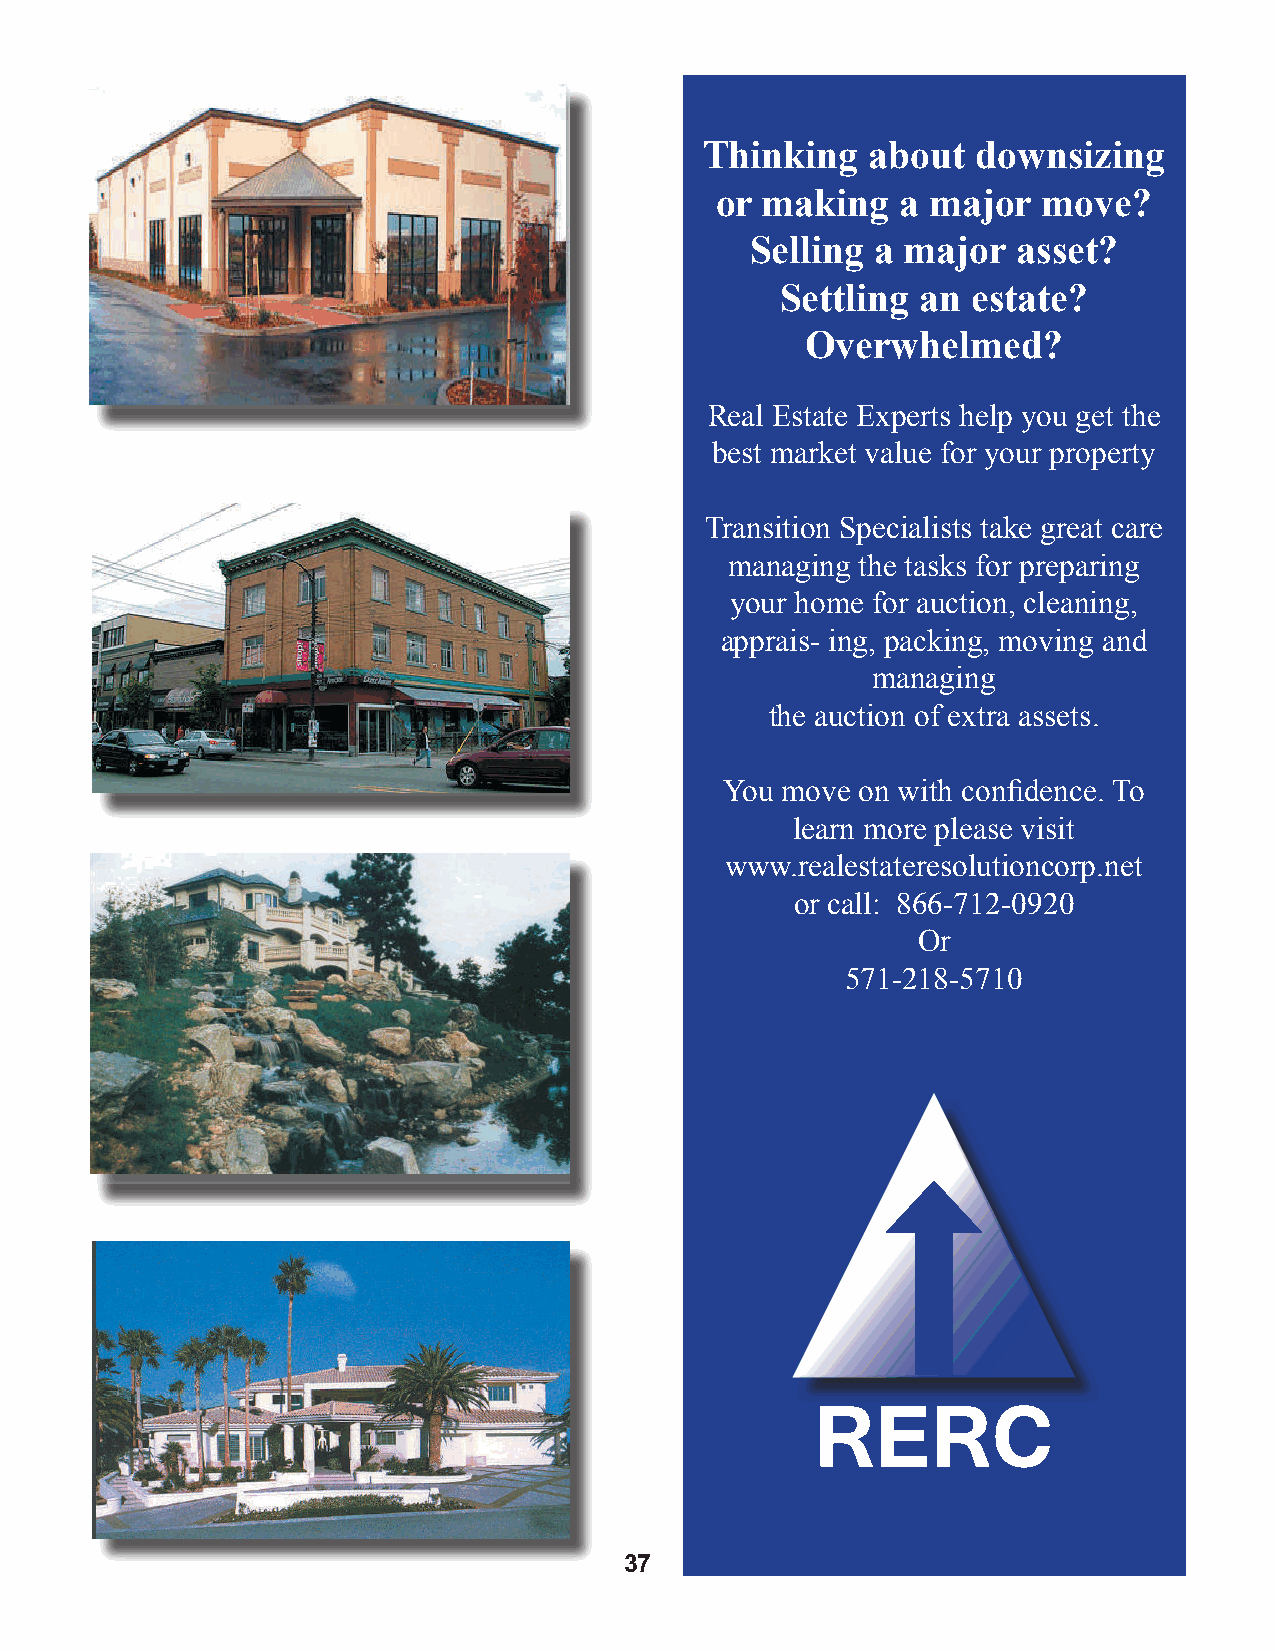
Thinking   about  downsizing
 or making    a major  move?
 Selling a major  asset?
 Settling an estate?
 Overwhelmed?
 Real Estate Experts help you get the
 best market value for your property
 Transition Specialists take great care
 managing the tasks for preparing
 your home for auction, cleaning,
 apprais- ing, packing, moving and
 managing
 the auction of extra assets.
 You move on with confidence. To
 learn more please visit
 www.realestateresolutioncorp.net
 or call: 866-712-0920
 Or
 571-218-5710
 RERC
 37